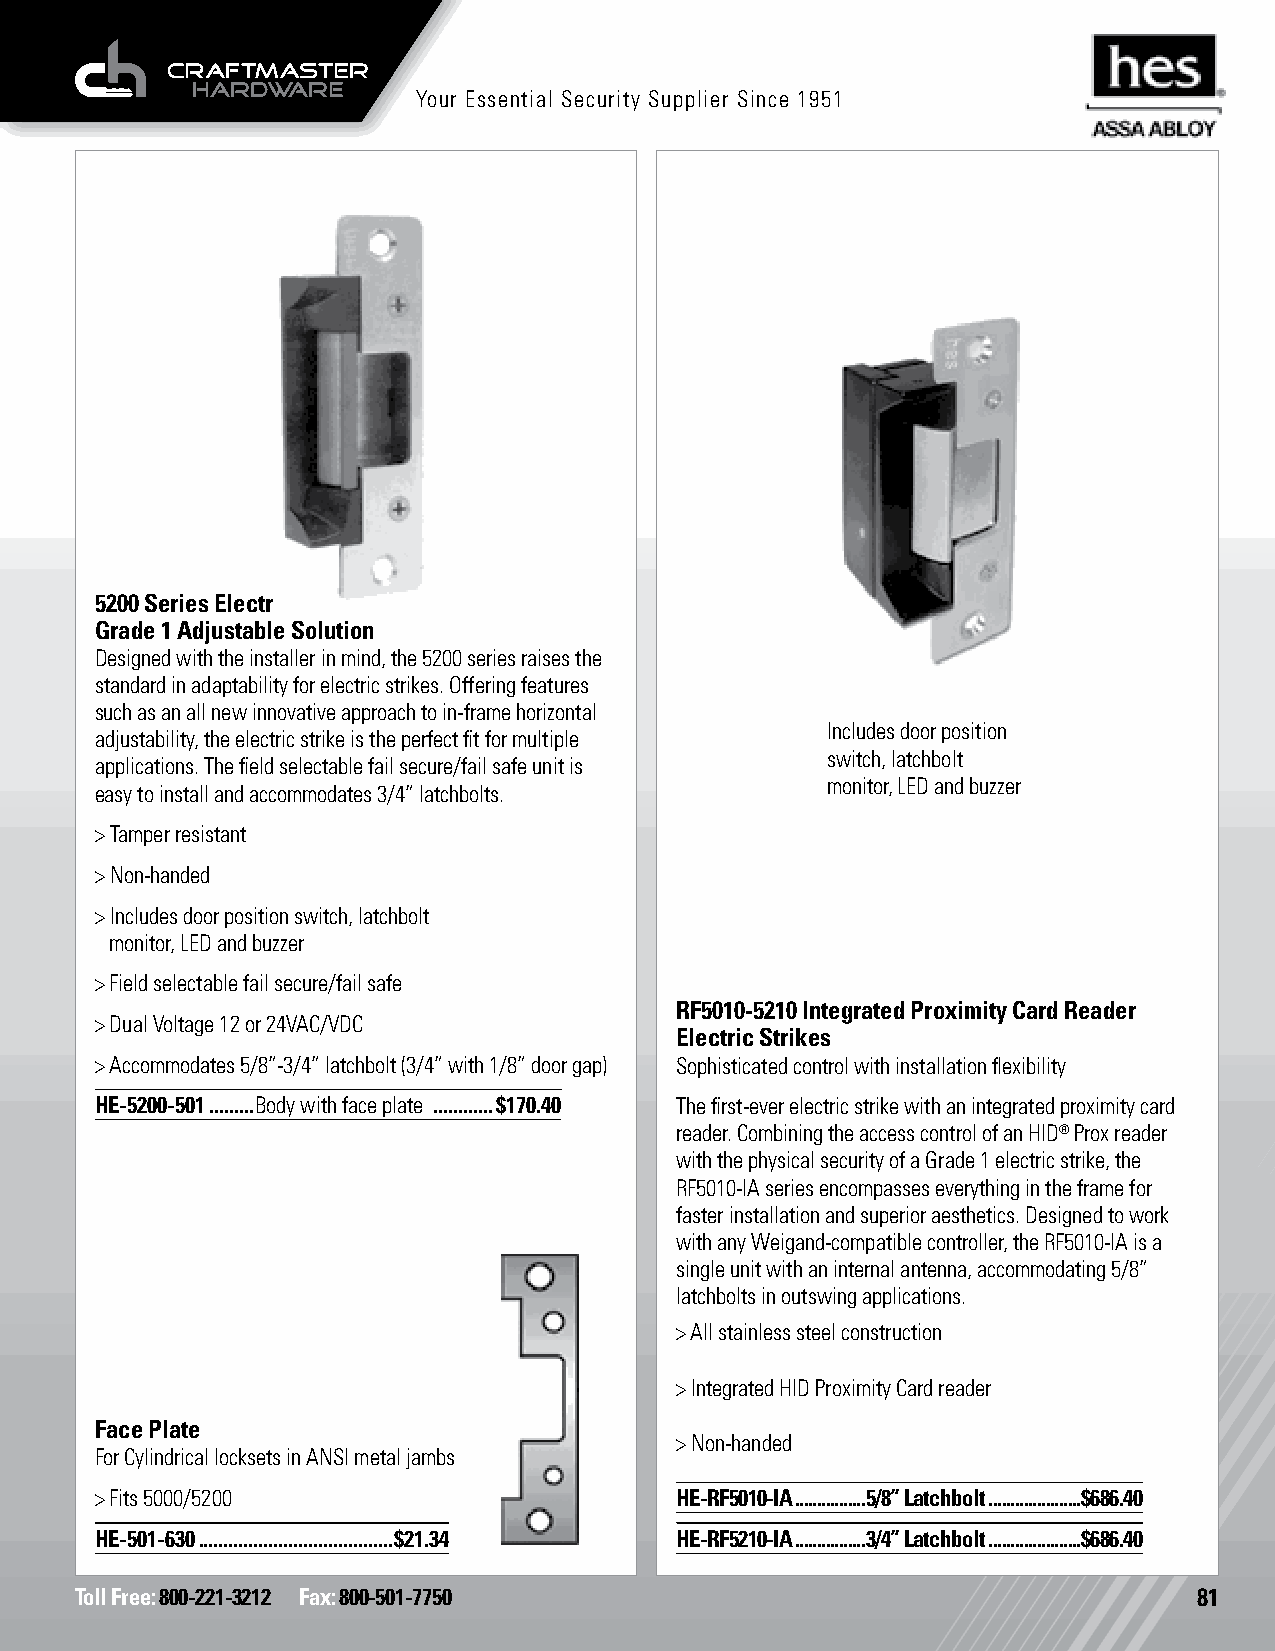
Your Essential Security Supplier Since 1951
 5200 Series Electric Strikes
 Grade 1 Adjustable Solution
 Designed with the installer in mind, the 5200 series raises the
 standard in adaptability for electric strikes. Offering features
 such as an all new innovative approach to in-frame horizontal
 Includes door position
 adjustability, the electric strike is the perfect fit for multiple
 switch, latchbolt
 applications. The field selectable fail secure/fail safe unit is
 monitor, LED and buzzer
 easy to install and accommodates 3/4” latchbolts.
 > Tamper resistant
 > Non-handed
 > Includes door position switch, latchbolt
 monitor, LED and buzzer
 > Field selectable fail secure/fail safe
 RF5010-5210 Integrated Proximity Card Reader
 > Dual Voltage 12 or 24VAC/VDC
 Electric Strikes
 > Accommodates 5/8”-3/4” latchbolt (3/4” with 1/8” door gap) Sophisticated control with installation flexibility
 HE-5200-501 .........Body with face plate ............$170.40 The first-ever electric strike with an integrated proximity card
 reader. Combining the access control of an HID® Prox reader
 with the physical security of a Grade 1 electric strike, the
 RF5010-IA series encompasses everything in the frame for
 faster installation and superior aesthetics. Designed to work
 with any Weigand-compatible controller, the RF5010-IA is a
 single unit with an internal antenna, accommodating 5/8”
 latchbolts in outswing applications.
 > All stainless steel construction
 > Integrated HID Proximity Card reader
 Face Plate
 > Non-handed
 For Cylindrical locksets in ANSI metal jambs
 > Fits 5000/5200                       HE-RF5010-IA ................5/8” Latchbolt .....................$686.40
 HE-501-630 .......................................$21.34 HE-RF5210-IA ................3/4” Latchbolt .....................$686.40
 Toll Free: 800-221-3212 Fax: 800-501-7750                                 81